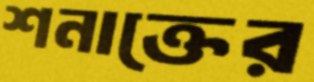
শনাক্তের